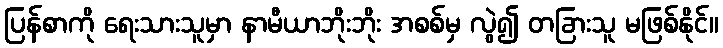
ပြန်စာကို ရေးသားသူမှာ နာမီယာဘိုးဘိုး အစစ်မှ လွဲ၍ တခြားသူ မဖြစ်နိုင်။